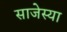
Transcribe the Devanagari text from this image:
साजेस्या